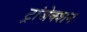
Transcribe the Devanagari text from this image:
ट्रांजेक्‍शन